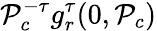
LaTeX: \mathcal{P}_{c}^{-\tau}g_{r}^{\tau}(0,\mathcal{P}_{c})